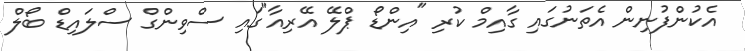
އެކުންފުނިން އެތަނުގައި ގާއިމް ކުރި "އިންޑޯ ޕްލޭ އޭރިއާ"ގައި ސްވިންގް ސްލައިޑް ބޯލް